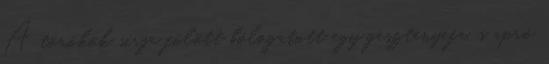
A törökök sírja fölött bólogatott egy gesztenyefa, s apró